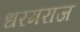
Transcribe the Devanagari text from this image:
धरमराज